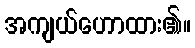
အကျယ်ဟောထား၏။